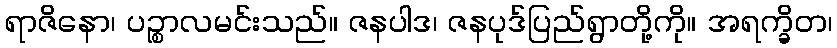
ရာဇိနော၊ ပဉ္စာလမင်းသည်။ ဇနပါဒ၊ ဇနပုဒ်ပြည်ရွာတို့ကို။ အရက္ခိတ၊